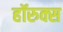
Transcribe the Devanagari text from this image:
हॉरुक्स